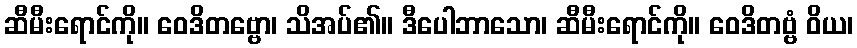
ဆီမီးရောင်ကို။ ဝေဒိတဗ္ဗော၊ သိအပ်၏။ ဒီပေါဘာသော၊ ဆီမီးရောင်ကို။ ဝေဒိတဗ္ဗံ ဝိယ၊